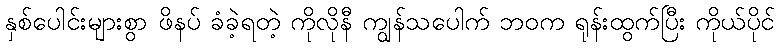
နှစ်ပေါင်းများစွာ ဖိနပ် ခံခဲ့ရတဲ့ ကိုလိုနီ ကျွန်သပေါက် ဘဝက ရုန်းထွက်ပြီး ကိုယ်ပိုင်